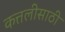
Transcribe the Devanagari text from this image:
कत्तलीसाठी